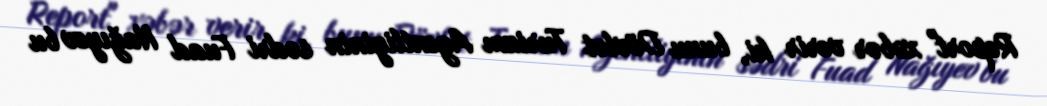
Report" xəbər verir ki, bunu Dövlət Turizm Agentliyinin sədri Fuad Nağıyev bu